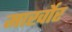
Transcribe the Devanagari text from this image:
मार्खोर